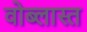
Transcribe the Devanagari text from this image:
वोब्लास्त